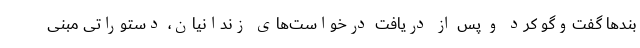
بندها گفت‌وگو کرد و پس از دریافت درخواست‌های زندانیان، دستوراتی مبنی